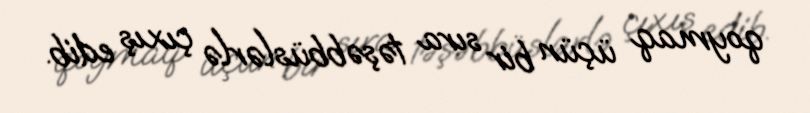
qoymaq üçün bir sıra təşəbbüslərlə çıxış edib.